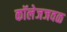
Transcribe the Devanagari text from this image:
कॉलेजजवळ